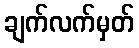
ချက်လက်မှတ်